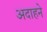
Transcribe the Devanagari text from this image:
अदाहने